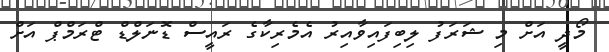
މޯދީ އަށް މި ޝަރަފު ލިބިފައިވާއިރު އެމެރިކާގެ ރައީސް ޑޮނަލްޑް ޓްރަމްޕް އަށް